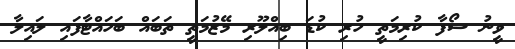
ވީނު ސޯފާ ކުރިމަތީ ހުރި ކުޑަ ބިއްލޫރި މޭޒުމަތީ ތަބައް ބަހައްޓާފައި ލައިލާ